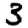
Digit: 3